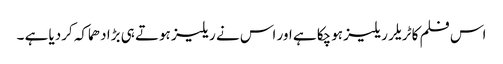
اس فلم کا ٹریلر ریلیز ہوچکا ہے اور اس نے ریلیز ہوتے ہی بڑا دھماکہ کردیا ہے ۔